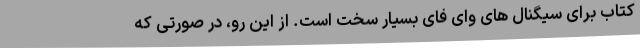
کتاب برای سیگنال های وای فای بسیار سخت است. از این رو، در صورتی که